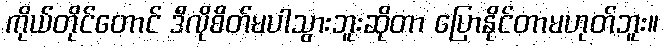
ကိုယ်တိုင်တောင် ဒီလိုစိတ်မပါသွားဘူးဆိုတာ ပြောနိုင်တာမဟုတ်ဘူး။